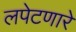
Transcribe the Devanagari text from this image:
लपेटणारे